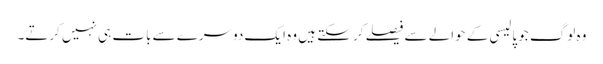
وہ لوگ جو پالیسی کے حوالے سے فیصلے کر سکتے ہیں وہ ایک دوسرے سے بات ہی نہیں کرتے۔